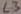
Text: L3